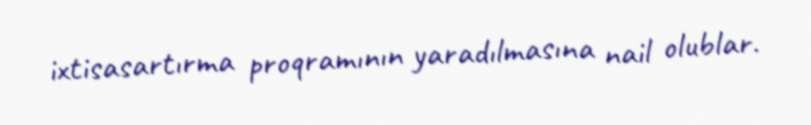
ixtisasartırma proqramının yaradılmasına nail olublar.